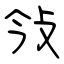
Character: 㪁